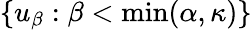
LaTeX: \lbrace u_{\beta}:\beta<\operatorname*{min}(\alpha,\kappa)\rbrace